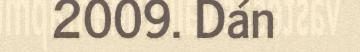
2009. Dán